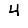
Digit: 4